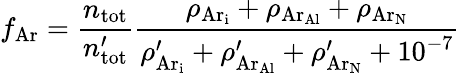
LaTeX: f_{\mathrm{Ar}}=\frac{n_{\mathrm{tot}}}{n_{\mathrm{tot}}^{\prime}}\frac{\rho_{\mathrm{{Ar}_{i}}}+\rho_{\mathrm{{Ar}_{Al}}}+\rho_{\mathrm{{Ar}_{N}}}}{\rho_{\mathrm{{Ar}_{i}}}^{\prime}+\rho_{\mathrm{{Ar}_{Al}}}^{\prime}+\rho_{\mathrm{{Ar}_{N}}}^{\prime}+10^{-7}}